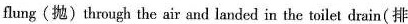
flmg(抛〉through the air and landed in the twilet drain(排